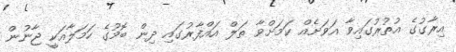
އިރާގުގެ އުތުރުގައިވާ އަވަށެއް ކަމަށްވާ ތަލް އައްފާރުގައި ދިން ބޮމުގެ ހަމަލާއަކީ ޖާނުން